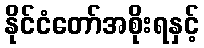
နိုင်ငံတော်အစိုးရနှင့်